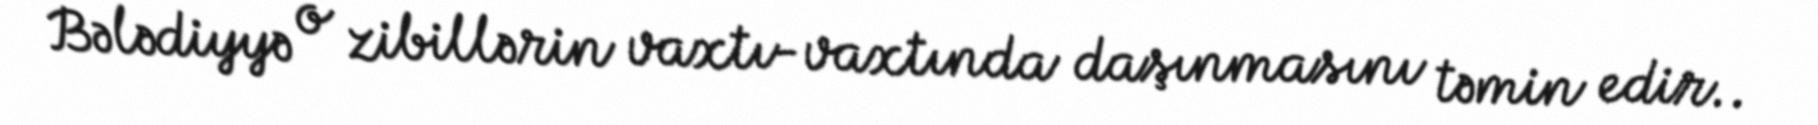
Bələdiyyə o zibillərin vaxtı-vaxtında daşınmasını təmin edir..